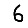
Digit: 6